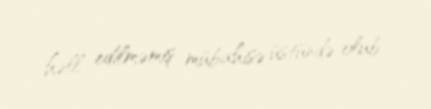
həll edilməmiş mübahisə üstündə olub.